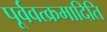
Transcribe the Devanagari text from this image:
पूर्ववत्क्रमादिति